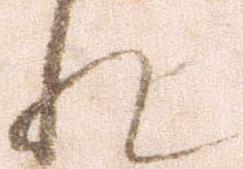
れ